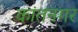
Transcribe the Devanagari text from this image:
कांतनगर